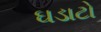
ઘડાટો